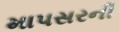
માપસરની